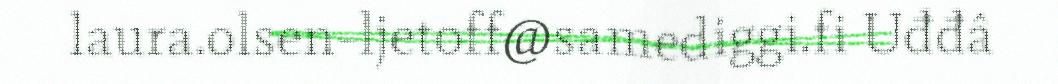
laura.olsen-ljetoff@samediggi.fi Uđđâ